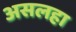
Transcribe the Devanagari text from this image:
असलहा